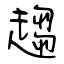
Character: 趨